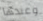
وعندها